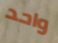
واحد